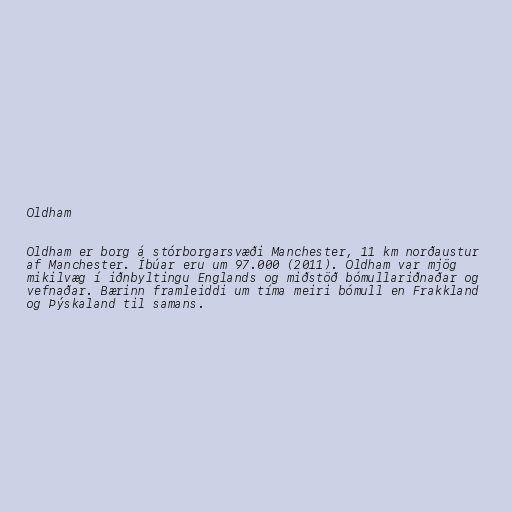
Oldham

Oldham er borg á stórborgarsvæði Manchester, 11 km norðaustur
af Manchester. Íbúar eru um 97.000 (2011). Oldham var mjög
mikilvæg í iðnbyltingu Englands og miðstöð bómullariðnaðar og
vefnaðar. Bærinn framleiddi um tíma meiri bómull en Frakkland
og Þýskaland til samans.